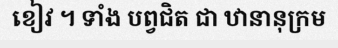
ខៀវ ។ ទាំង បព្វជិត ជា ឋានានុក្រម